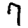
Digit: 7